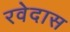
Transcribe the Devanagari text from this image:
रवेदास